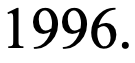
1996.